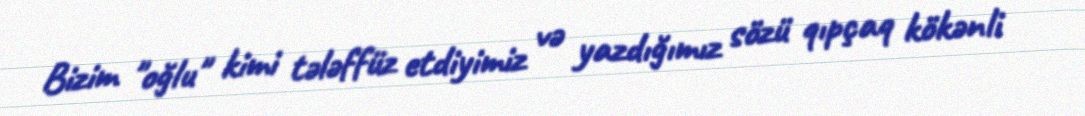
Bizim "oğlu" kimi tələffüz etdiyimiz və yazdığımız sözü qıpçaq kökənli